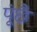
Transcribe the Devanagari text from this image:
पूंछै